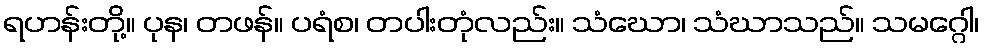
ရဟန်းတို့။ ပုန၊ တဖန်။ ပရံစ၊ တပါးတုံလည်း။ သံဃော၊ သံဃာသည်။ သမဂ္ဂေါ၊